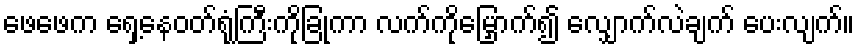
ဖေဖေက ရှေ့နေဝတ်ရုံကြီးကိုခြုံကာ လက်ကိုမြှောက်၍ လျှောက်လဲချက် ပေးလျက်။